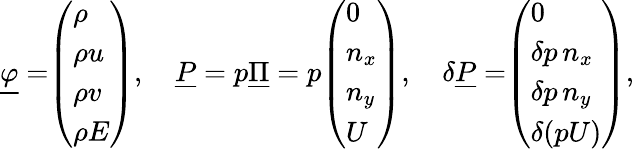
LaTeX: \underline{{\varphi}}=\begin{array}{l}{\left(\begin{array}{l}{\rho}\\ {\rho u}\\ {\rho v}\\ {\rho E}\end{array}\right)}\end{array},\quad\underline{{P}}=p\underline{{\Pi}}=p\begin{array}{l}{\left(\begin{array}{l}{0}\\ {n_{x}}\\ {n_{y}}\\ {U}\end{array}\right)}\end{array},\quad\delta\underline{{P}}=\begin{array}{l}{\left(\begin{array}{l}{0}\\ {\delta p\, n_{x}}\\ {\delta p\, n_{y}}\\ {\delta(pU)}\end{array}\right)}\end{array},